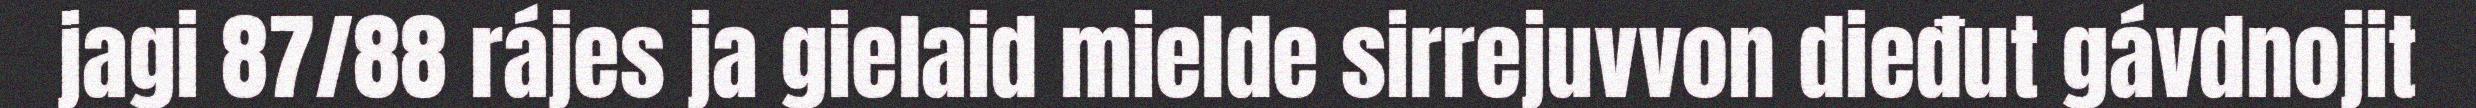
jagi 87/88 rájes ja gielaid mielde sirrejuvvon dieđut gávdnojit